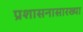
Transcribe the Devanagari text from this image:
प्रशासनासारख्या